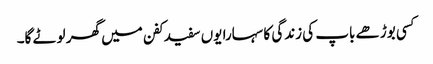
کسی بوڑھے باپ کی زندگی کا سہارا یوں سفید کفن میں گھر لوٹے گا۔